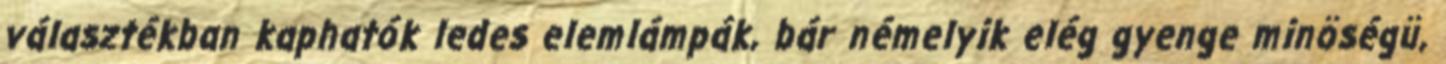
választékban kaphatók ledes elemlámpák, bár némelyik elég gyenge minöségü,